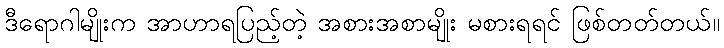
ဒီရောဂါမျိုးက အာဟာရပြည့်တဲ့ အစားအစာမျိုး မစားရရင် ဖြစ်တတ်တယ်။